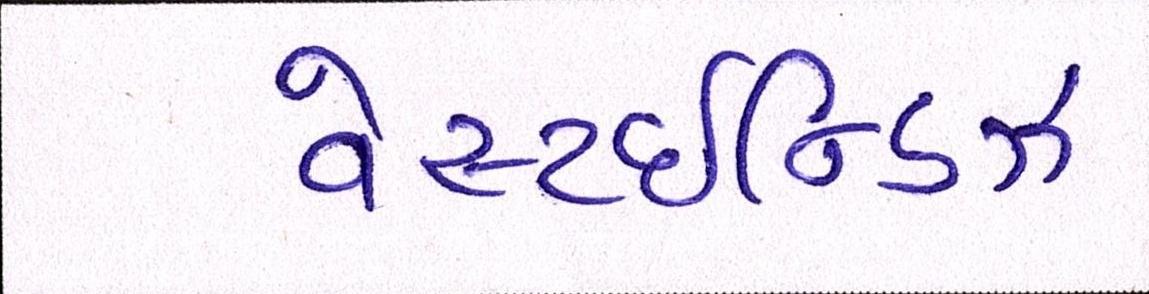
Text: વેસ્ટઈન્ડિઝ